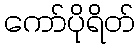
ကော်ပိုရိတ်